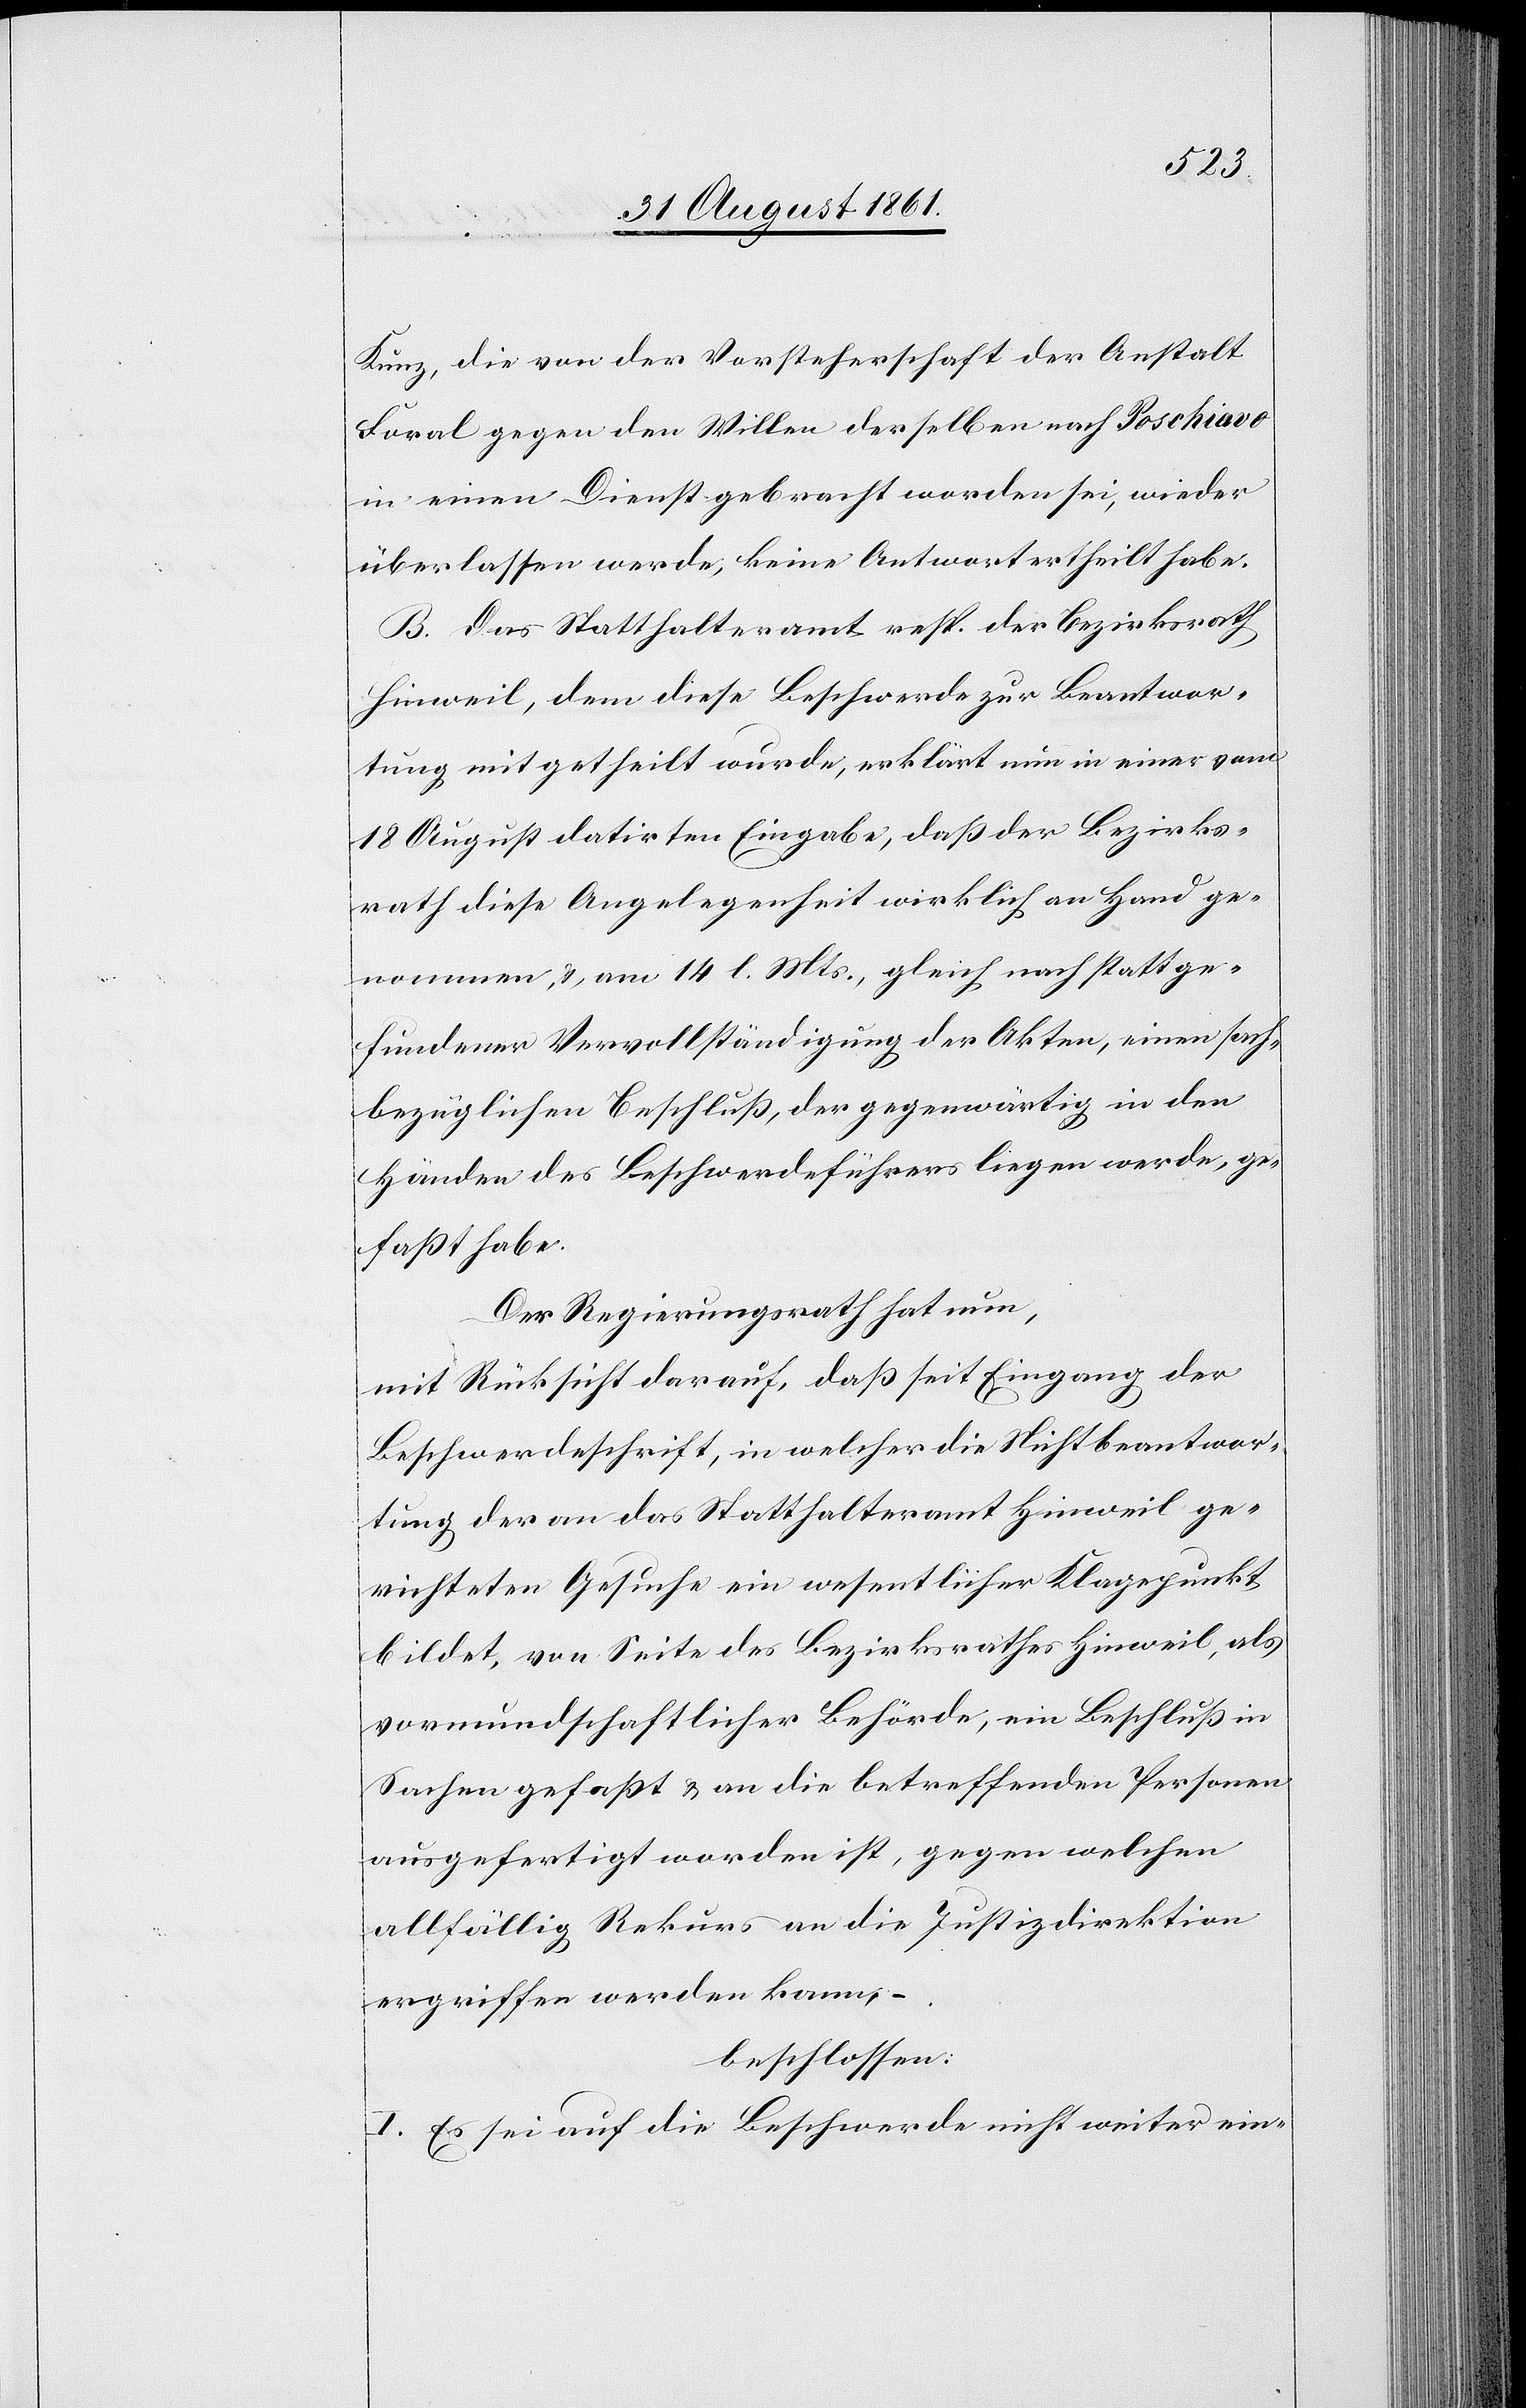
Kunz, die von der Vorsteherschaft der Anstalt
Foral gegen den Willen derselben nach Poschiavo
in einen Dienst gebracht worden sei, wieder
überlassen werde, keine Antwort ertheilt habe.
B. Das Statthalteramt resp. der Bezirksrath
Hinweil, dem diese Beschwerde zur Beantwor¬
tung mitgetheilt wurde, erklärt nun in einer vom
18 August datirten Eingabe, daß der Bezirks¬
rath diese Angelegenheit wirklich an Hand ge¬
nommen, u. am 14. l. Mts., gleich nach stattge¬
fundener Vervollständigung der Akten, einen sach¬
bezüglichen Beschluß, der gegenwärtig in den
Händen des Beschwerdeführers liegen werde, ge¬
faßt habe.
Der Regierungsrath hat nun,
mit Rücksicht darauf, daß seit Eingang der
Beschwerdefrist, in welcher die Nichtbeantwor¬
tung der an das Statthalteramt Hinweil ge¬
richteten Gesuche ein wesentlicher Klagepunkt
bildet, von Seite des Bezirksrathes Hinweil, als
vormundschaftlicher Behörde, ein Beschluß in
Sachen gefaßt u. an die betreffenden Personen
ausgefertigt worden ist, gegen welchen
allfällig Rekurs an die Justizdirektion
ergriffen werden kann, –
beschlossen:
I. Es sei auf die Beschwerde nicht weiter ein-